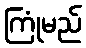
ကြုံမည်